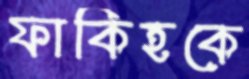
ফাকিহকে